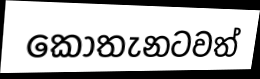
කොතැනටවත්